Scottish Leaving Certificate Examination, 1960
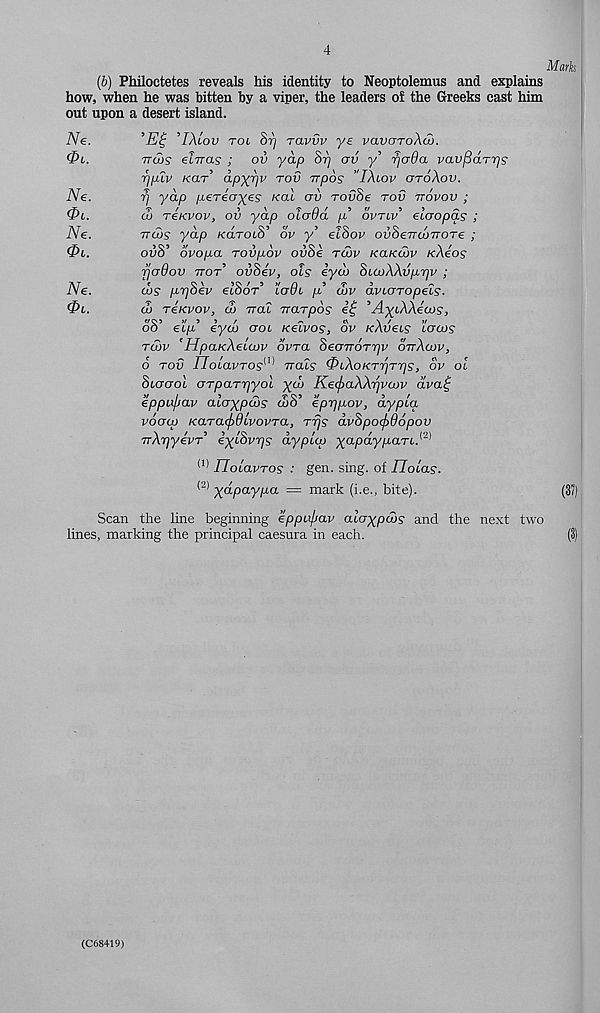
(6) Philoctetes reveals his identity to Neoptolemus and explains
how, when he was bitten by a viper, the leaders of the Greeks cast him
out upon a desert island.
Ne.
Ne.
0L.
Ne.
<Pi.
Ne.
(Pi.
’Et; ’IXlov tol S17 ravvv ye vavaroAco.
ttcus eiiras ; ov yap 8rj av y’ rjoOa vav^drrjs
rip.LV Kar apyr/v tov rrpos "IAlov cttoAov.
rj yap pereayes Kal av rovSe tov irovov ;
cu reKvov, ov yap oioOa p' dvTiv’ elaopas ;
ttws yap KarotS’ 6v y’ eiSov ovSeTranroTe ;
ouS’ ovopa tovpov ovSe tcov KaKcvv /cAeo?
rja9ov ttot’ ovSev, ois eyw SiajAAvprjv ;
aiy pySev elSor’ lo9l p cSv dviaropeLS.
a> TeKvov, d) rral -rraTpos
’AyiAAews,
6'S’ etju.’ iyeo aoL Kelvos, ov leAvecs lows
tu)v 'HpahcAeiLov dvTa Seairorriv ottAcjov,
6 tov rioLavTOS w Tracs PiAoKTr]TrjS, ov ol
Slctool OTpaTrjyol yd> KecpaAArjvwv avat;
eppajjav alaypcos (SS’ eprjpov, dypia
voacp KaTacfiOcvovTa, Trjs dvhpo(f>66pov
rrAriyevT’ eythvqs aypico yapdypaTL.^
(1) TIolavTOS : gen. sing, of /Jotay.
(2) ydpaypa = mark (i.e., bite).
Scan the line beginning eppvfjav alaypds and the next two
lines, marking the principal caesura in each.
(C68419)